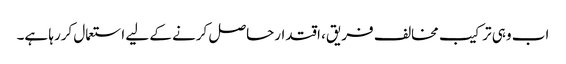
اب وہی ترکیب مخالف فریق، اقتدارحاصل کرنے کے لیے استعمال کررہا ہے۔